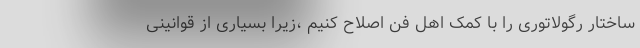
ساختار رگولاتوری را با کمک اهل فن اصلاح کنیم ،زیرا بسیاری از قوانینی